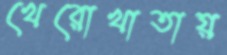
খেরোখাতায়